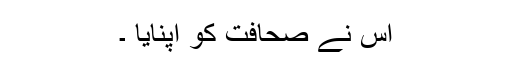
اس نے صحافت کو اپنایا ۔